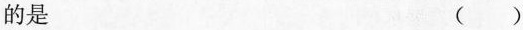
的是 ()